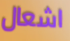
اشعال